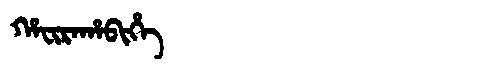
Manchu: ᡥᠠᠸᡳᡵᠠᡥᠠᠪᡳᡥᡝ
Romanization: HAFIRAHABIHE